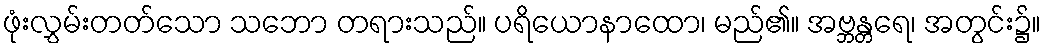
ဖုံးလွှမ်းတတ်သော သဘော တရားသည်။ ပရိယောနာထော၊ မည်၏။ အဗ္ဘန္တရေ၊ အတွင်း၌။